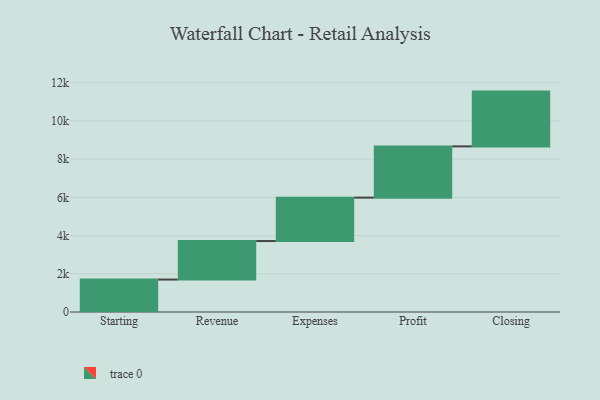
{"axis": {"x": "Step", "y": "Value"}, "legend": [""], "data": [{"x": "Starting", "y": 1698.0, "type": ""}, {"x": "Revenue", "y": 2015.0, "type": ""}, {"x": "Expenses", "y": 2272.0, "type": ""}, {"x": "Profit", "y": 2682.0, "type": ""}, {"x": "Closing", "y": 2867.0, "type": ""}]}